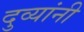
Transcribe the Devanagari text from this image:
दुव्यांनी